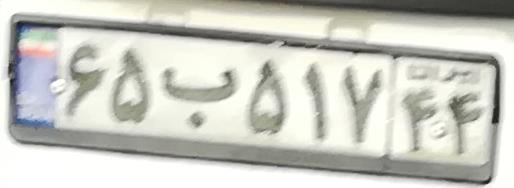
۶۵ب۵۱۷۴۴